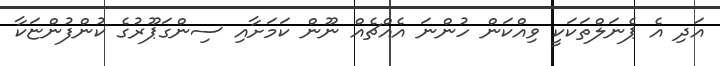
އަދި އެ ޕެނަލްތަކަކީ ވިއްކަން ހުންނަ އެއްޗެއް ނޫން ކަމަށާއި ސިންގަޕޫރުގެ ކުންފުންޏަކާ